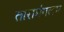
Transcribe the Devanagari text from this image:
तारामंगलम